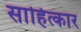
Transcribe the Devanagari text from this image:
साहित्कार